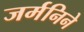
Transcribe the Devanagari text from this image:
जर्मनिने